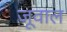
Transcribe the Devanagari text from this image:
जूवाल